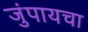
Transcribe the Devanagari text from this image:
जुंपायचा